Indian Medical Review
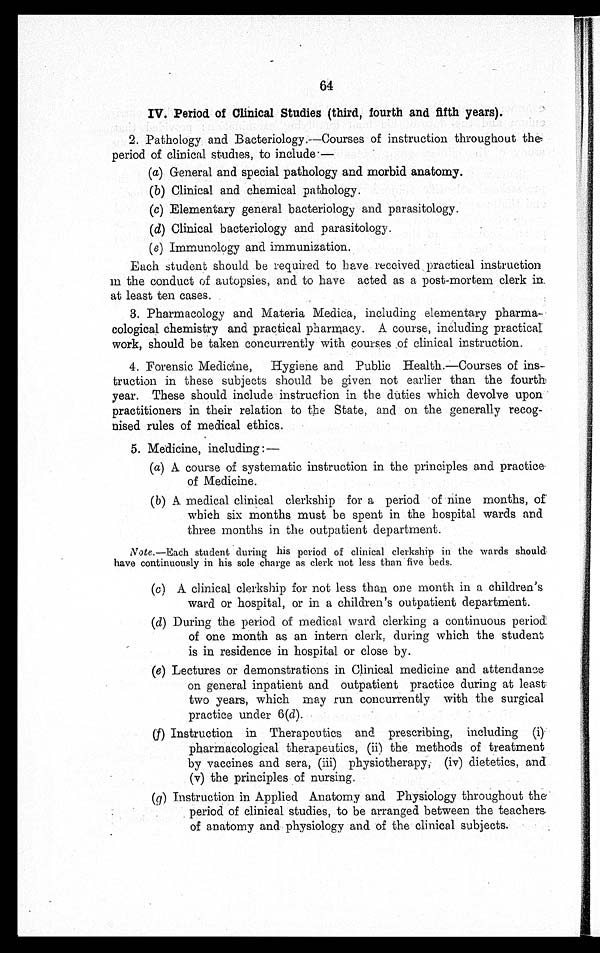
64
IV. Period of Clinical Studies (third, fourth and fifth years).
2. Pathology and Bacteriology.—Courses of instruction throughout the
period of clinical studies, to include.—
(a) General and special pathology and morbid anatomy.
(b) Clinical and chemical pathology.
(c) Elementary general bacteriology and parasitology.
(d) Clinical bacteriology and parasitology.
(e) Immunology and immunization.
Each student should be required to have received practical instruction
in the conduct of autopsies, and to have acted as a post-mortem clerk in
at least ten cases.
3. Pharmacology and Materia Medica including elementary pharma-
cological chemistry and practical pharmacy. A course, including practical
work, should be taken concurrently with courses .of clinical instruction.
4. Forensic Medicine, Hygiene and Public Health.—Courses of ins-
truction in these subjects should be given not earlier than the fourth
year. These should include instruction in the duties which devolve upon
practitioners in their relation to the State, and on the generally recog-
nised rules of medical ethics.
5. Medicine, including:—
(a) A course of systematic instruction in the principles and practice
of Medicine.
(b) A medical clinical clerkship for a period of nine months, of
which six months must be spent in the hospital wards and
three months in the outpatient department.
Note.—Each student during his period of clinical clerkship in the wards should
have continuously in his sole charge as clerk not less than five beds.
(c) A clinical clerkship for not less than one month in a children's
ward or hospital, or in a children's outpatient department.
(d) During the period of medical ward clerking a continuous period
of one month as an intern clerk, during which the student
is in residence in hospital or close by.
(e) Lectures or demonstrations in Clinical medicine and attendance
on general inpatient and outpatient practice during at least
two years, which may run concurrently with the surgical
practice under 6( d).
(f) Instruction in Therapeutics and prescribing, including (i)
pharmacological therapeutics, (ii) the methods of treatment
by vaccines and sera, (iii) physiotherapy, (iv) dietetics, and
•
(v) the principles of nursing.
(g) Instruction in Applied Anatomy and Physiology throughout the
period of clinical studies, to be arranged between the teacher
s •
of anatomy and physiology and of the clinical subjects.